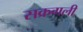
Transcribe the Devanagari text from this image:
सक्रगली